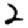
Digit: 2